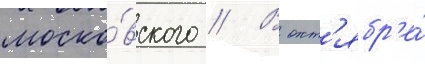
моско́вского // В окт'ябр'е́